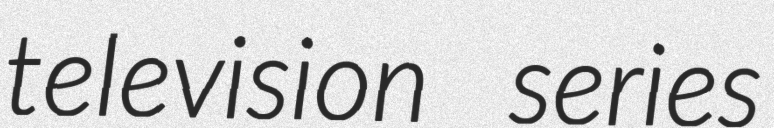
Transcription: television series